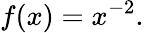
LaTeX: f(x)=x^{-2}.